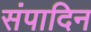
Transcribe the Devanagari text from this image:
संपादिन